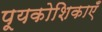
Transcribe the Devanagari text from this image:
पूयकोशिकाएँ